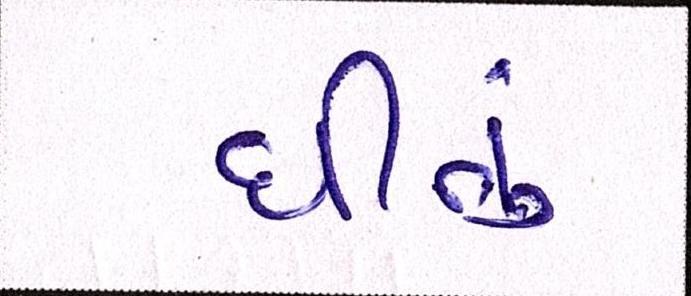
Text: ઘીનું